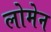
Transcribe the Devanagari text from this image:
लोमेन